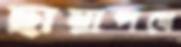
ছায়াপথে